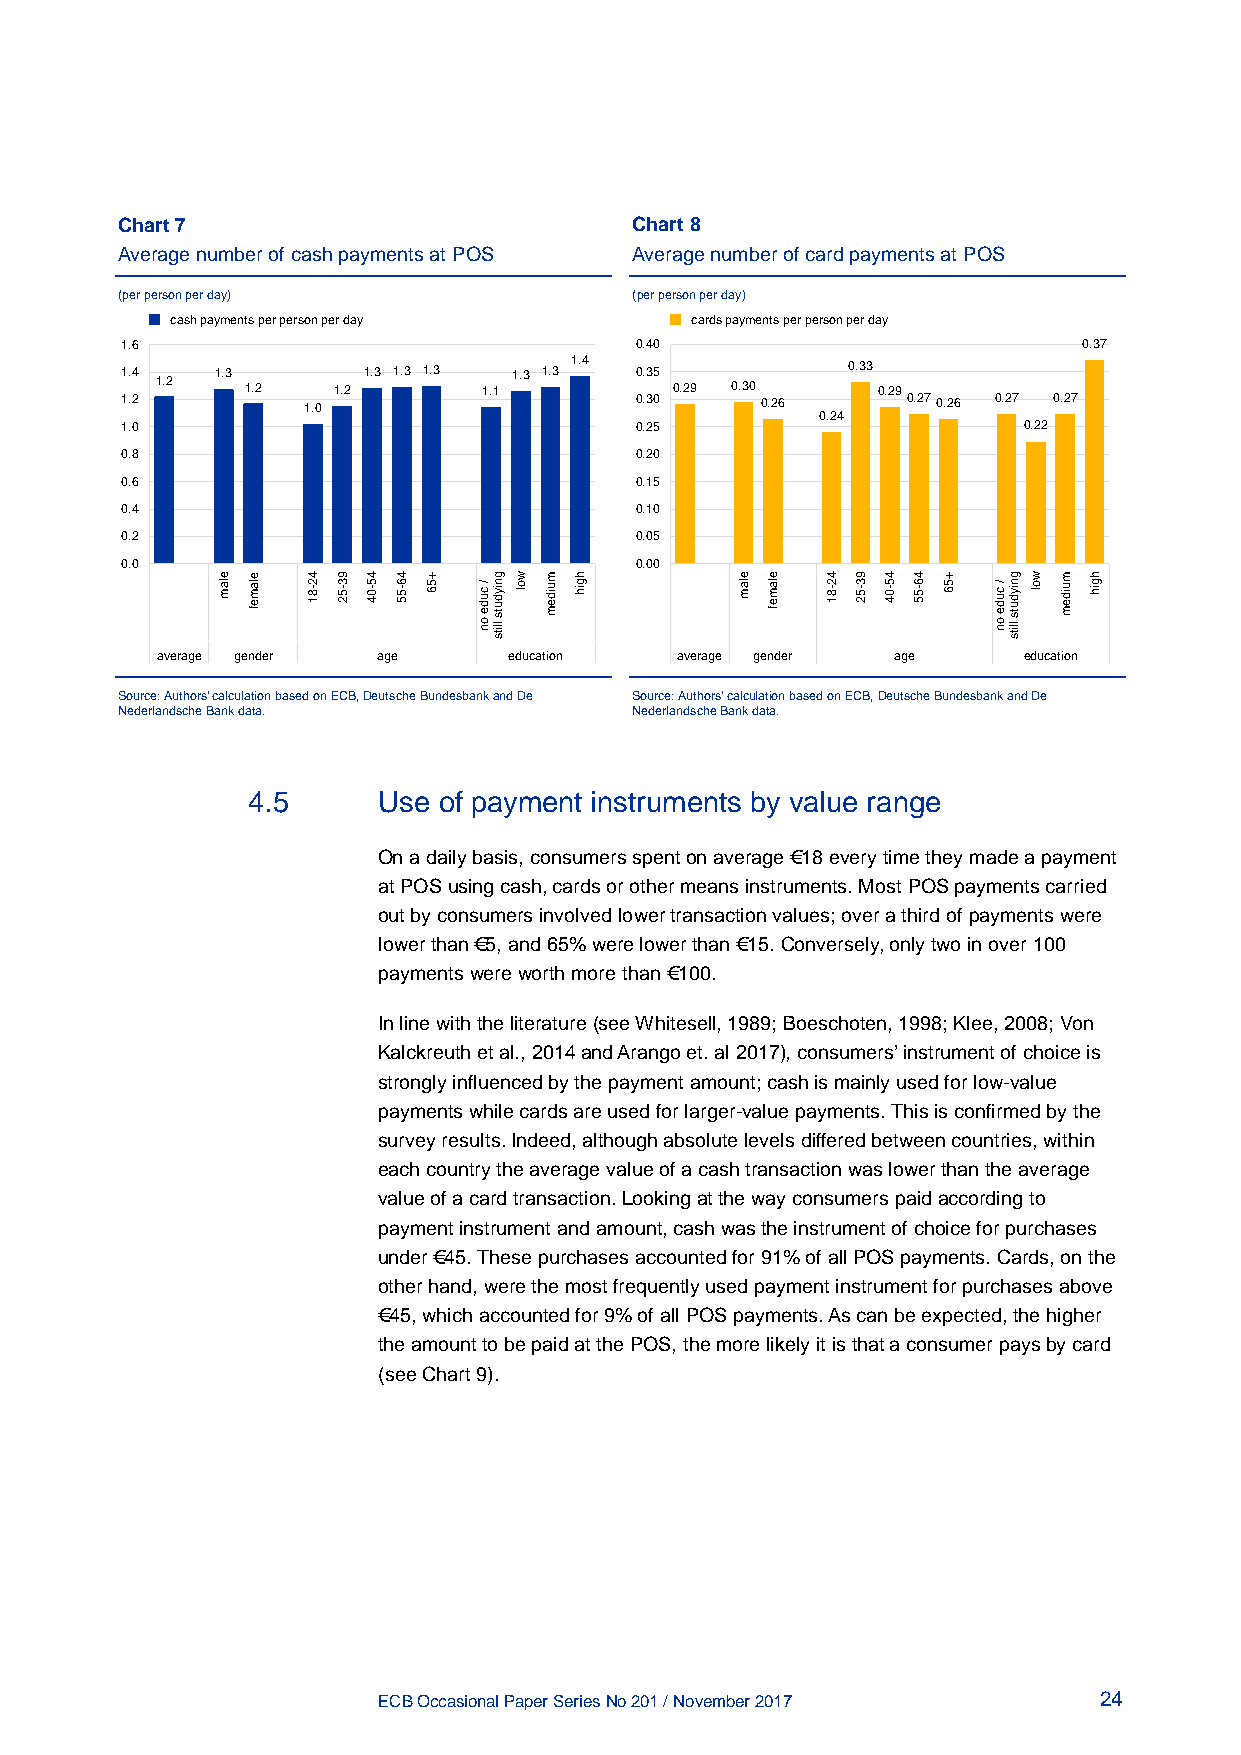
Chart 7                           Chart 8
 Average number of cash payments at POS Average number of card payments at POS
 (per person per day)              (per person per day)
 cash payments per person per day   cards payments per person per day
 1.6                               0.40                          0.37
 11 .. 24 1.2 1.3 1.2 1.0 1.2 1.3 1.3 1.3 1.1 1.3 1.3 1.4 00 .. 33 05 0.29 0.30 0.26 0.33 0.29 0.270.26 0.27 0.27
 0.24
 1.0                               0.25                      0.22
 0.8                               0.20
 0.6                               0.15
 0.4                               0.10
 0.2                               0.05
 0.0                               0.00
 average gender age      education  average gender age     education
 Source: Authors’ calculation based on ECB, Deutsche Bundesbank and De Source: Authors’ calculation based on ECB, Deutsche Bundesbank and De
 Nederlandsche Bank data.          Nederlandsche Bank data.
 4.5      Use of payment instruments by value range
 On a daily basis, consumers spent on average €18 every time they made a payment
 at POS using cash, cards or other means instruments. Most POS payments carried
 out by consumers involved lower transaction values; over a third of payments were
 lower than €5, and 65% were lower than €15. Conversely, only two in over 100
 payments were worth more than €100.
 In line with the literature (see Whitesell, 1989; Boeschoten, 1998; Klee, 2008; Von
 Kalckreuth et al., 2014 and Arango et. al 2017), consumers’ instrument of choice is
 strongly influenced by the payment amount; cash is mainly used for low-value
 payments while cards are used for larger-value payments. This is confirmed by the
 survey results. Indeed, although absolute levels differed between countries, within
 each country the average value of a cash transaction was lower than the average
 value of a card transaction. Looking at the way consumers paid according to
 payment instrument and amount, cash was the instrument of choice for purchases
 under €45. These purchases accounted for 91% of all POS payments. Cards, on the
 other hand, were the most frequently used payment instrument for purchases above
 €45, which accounted for 9% of all POS payments. As can be expected, the higher
 the amount to be paid at the POS, the more likely it is that a consumer pays by card
 (see Chart 9).
 ECB Occasional Paper Series No 201 / November 2017 24
 elam elamef 42-81 93-52 45-04 46-55 +56
 /
 cude
 on
 gniyduts
 llits
 wol muidem hgih elam elamef 42-81 93-52 45-04 46-55 +56
 /
 cude
 on
 gniyduts
 llits
 wol muidem hgih